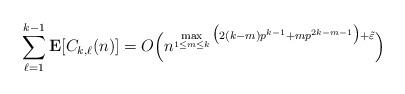
LaTeX: \begin{align*} \sum_{\ell=1}^{k-1}\mathbf E[C_{k,\ell}(n)] =O\Big(n^{\max\limits_{1\leq m\leq k}\big(2(k-m)p^{k-1}+m p^{2k-m-1}\big)+\tilde\varepsilon}\Big) \end{align*}